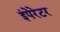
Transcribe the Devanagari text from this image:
इंपेरेटर